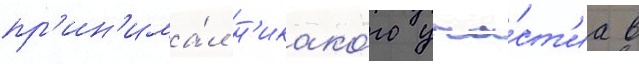
пр'ин'има́л н'икако́го уча́ст'иа в